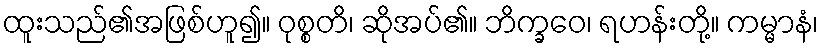
ထူးသည်၏အဖြစ်ဟူ၍။ ဝုစ္စတိ၊ ဆိုအပ်၏။ ဘိက္ခဝေ၊ ရဟန်းတို့။ ကမ္မာနံ၊